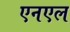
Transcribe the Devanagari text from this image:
एनएल